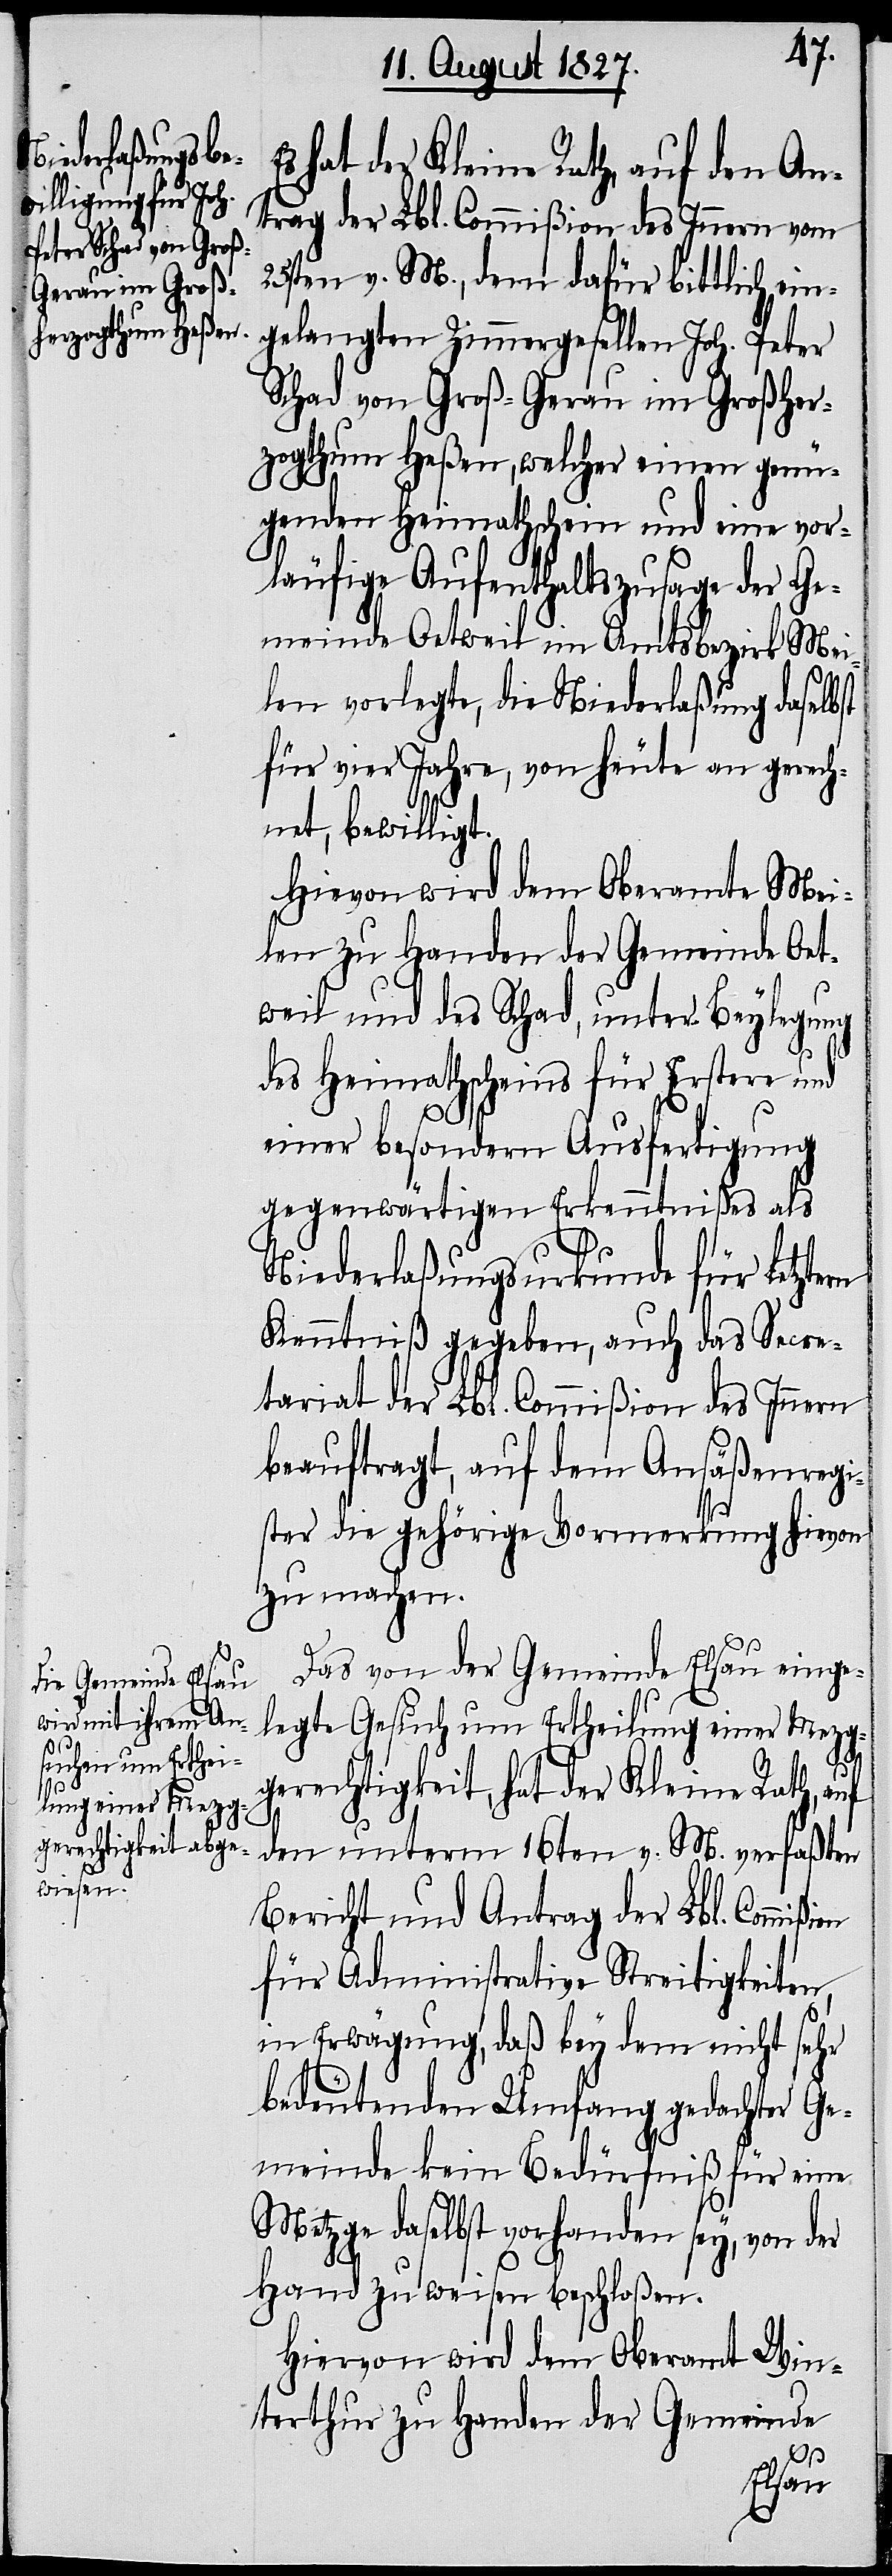
E¬

s hat der Kleine Rath auf den An¬
trag der Lbl. Commißion des Innern vom
25sten v. M., dem dafür bittlich ein¬
gelangten Zimmergesellen Joh. Peter
Schad von Groß-Gerau im Großher¬
zogthum Heßen, welcher einen genü¬
genden Heimathschein und eine vor¬
läufige Aufenthaltszusage der Ge¬
meinde Oetweil im Amtsbezirk Mei¬
len vorlegte, die Niederlaßung daselbst
für vier Jahre, von heute an gerech¬
net, bewilligt.
Hievon wird dem Oberamt Mei¬
len zu Handen der Gemeinde Oet¬
weil und des Schad, unter Beylegung
des Heimathscheins für Erstere und
einer besondern Ausfertigung
gegenwärtigen Erkenntnißes als
Niederlaßungsurkunde für Letztern
Kenntniß gegeben, auch das Secre¬
tariat der Lbl. Commißion des Innern
beauftragt, auf dem Ansäßenregi¬
ster die gehörige Vormerkung hievon
zu machen.
Das von der Gemeinde Elsau einge¬
legte Gesuch um Ertheilung einer Mezg¬
gerechtigkeit, hat der Kleine Rath, auf
den unterm 16ten v. M. verfaßten
Bericht und Antrag der Lbl. Commi¬
für Administrative Streitigkeiten,
in Erwägung, daß bey dem nicht sehr
bedeutenden Umfang gedachter Ge¬
meinde kein Bedürfniß für eine
Metzge daselbst vorhanden sey, von der
Hand zu weisen beschloßen.
Hiervon wird dem Oberamt Win¬
terthur zu Handen der Gemeinde
ßion